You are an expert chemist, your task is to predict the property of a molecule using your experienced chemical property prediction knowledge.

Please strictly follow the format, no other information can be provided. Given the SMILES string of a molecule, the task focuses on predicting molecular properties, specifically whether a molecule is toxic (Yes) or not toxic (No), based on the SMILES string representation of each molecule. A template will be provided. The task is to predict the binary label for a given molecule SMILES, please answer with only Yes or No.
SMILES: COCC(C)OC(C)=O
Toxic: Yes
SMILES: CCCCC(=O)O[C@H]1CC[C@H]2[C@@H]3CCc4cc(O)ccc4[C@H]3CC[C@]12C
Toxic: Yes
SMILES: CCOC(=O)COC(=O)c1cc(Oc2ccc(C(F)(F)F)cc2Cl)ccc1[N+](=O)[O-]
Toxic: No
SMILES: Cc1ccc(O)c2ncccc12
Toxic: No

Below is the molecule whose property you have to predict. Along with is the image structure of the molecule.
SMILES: OC[C@]1(O)OC[C@@H](O)[C@H](O)[C@@H]1O
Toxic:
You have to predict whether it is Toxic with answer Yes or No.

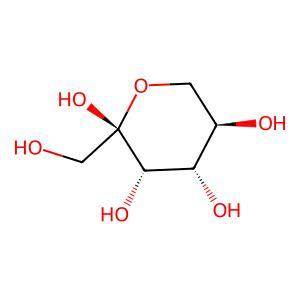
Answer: No